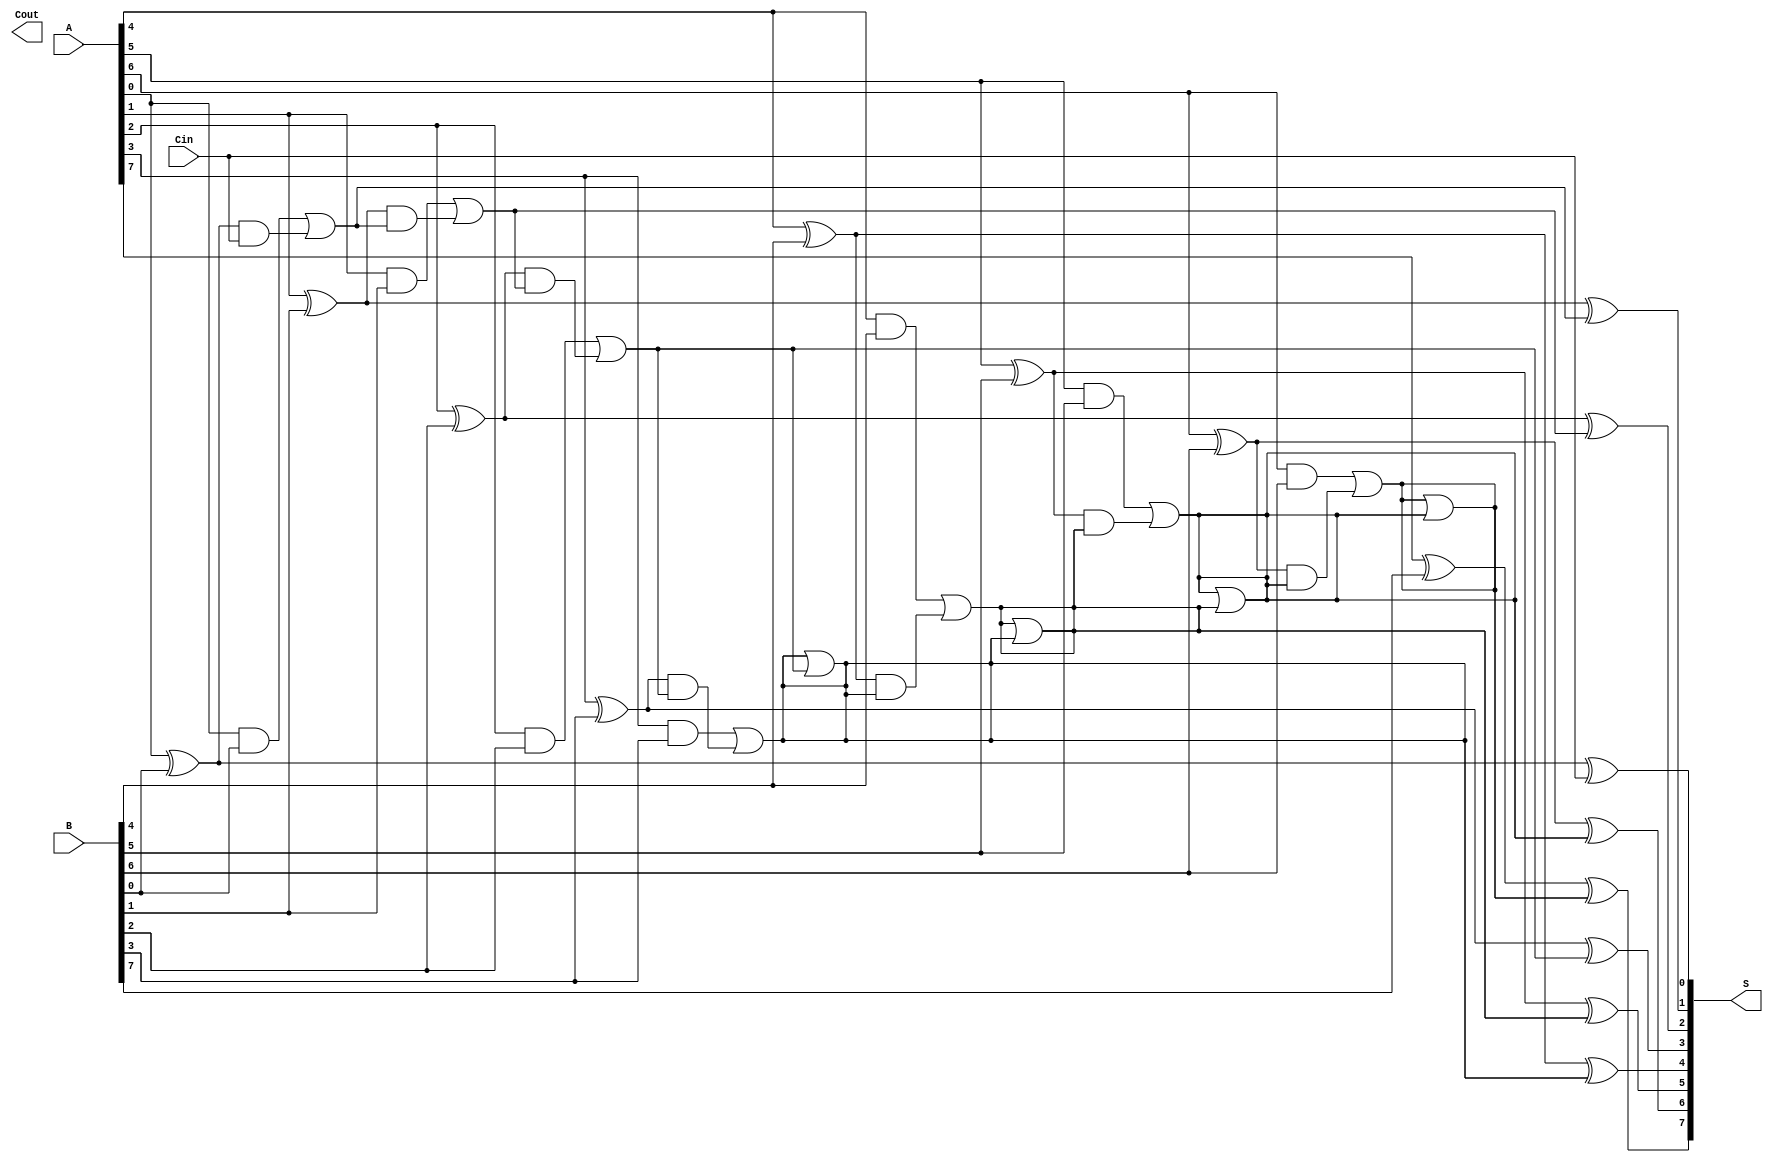
module KoggeStoneAdder #(parameter N = 8) (
    input  [N-1:0] A,
    input  [N-1:0] B,
    input          Cin,
    output [N-1:0] S,
    output         Cout
);

    // Generate and Propagate Signals
    wire [N-1:0] P; // Propagate
    wire [N-1:0] G; // Generate
    wire [N:0] C;   // Carry signals

    // Preprocessing: Generate P and G signals
    genvar i;
    generate
        for (i = 0; i < N; i = i + 1) begin : pg_gen
            assign P[i] = A[i] ^ B[i];
            assign G[i] = A[i] & B[i];
        end
    endgenerate

    // Carry Generation
    assign C[0] = Cin; // Initial carry-in

    // Stage 0: Direct carry calculation
    generate
        for (i = 1; i < N; i = i + 1) begin : carry_stage0
            assign C[i] = G[i-1] | (P[i-1] & C[i-1]);
        end
    endgenerate

    // Stages for Kogge-Stone carry generation
    genvar j, k;
    for (j = 1; j < N; j = j + 1) begin : carry_stages
        for (k = 0; k < N; k = k + 1) begin : carry_gen
            if (k >= (1 << j)) begin
                assign C[k] = C[k] | (G[k - (1 << (j-1))] | (P[k - (1 << (j-1))] & C[k - (1 << (j-1))]));
            end
        end
    end

    // Sum Calculation
    generate
        for (i = 0; i < N; i = i + 1) begin : sum_calc
            assign S[i] = P[i] ^ C[i];
        end
    endgenerate

    // Carry-out
    assign Cout = C[N];

endmodule